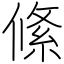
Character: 絛